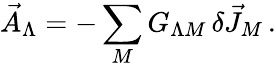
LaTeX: \vec{A}_{\Lambda}=-\sum_{M}G_{\Lambda M}\, \delta\vec{J}_{M}\, .